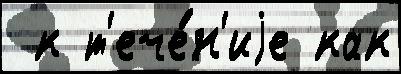
 к т'ече́н'иjе как